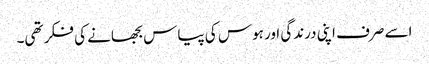
اسے صرف اپنی درندگی اور ہوس کی پیاس بجھانے کی فکر تھی۔